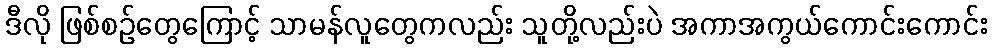
ဒီလို ဖြစ်စဉ်တွေကြောင့် သာမန်လူတွေကလည်း သူတို့လည်းပဲ အကာအကွယ်ကောင်းကောင်း